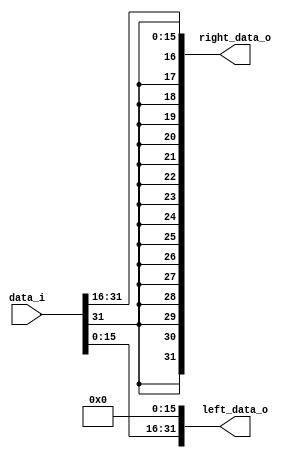
`timescale 1ns / 1ps
//////////////////////////////////////////////////////////////////////////////////
//////////////////////////////////////////////////////////////////////////////////

module arithmetic_rotator #(
    parameter WIDTH = 32,
    parameter SHIFT = 16
    )(
    input wire signed [WIDTH-1:0] data_i,
    output wire signed [WIDTH-1:0] right_data_o,
    output wire signed [WIDTH-1:0] left_data_o
    );
    
    assign right_data_o = data_i >>> SHIFT;
    assign left_data_o = data_i <<< SHIFT;
    
endmodule